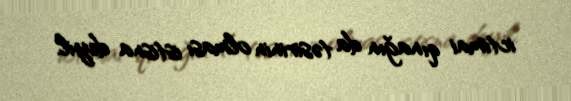
ictimai qınağın da təsirinin olması istisna deyil.